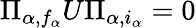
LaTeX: \Pi_{\alpha,f_{\alpha}}U\Pi_{\alpha,i_{\alpha}}=0